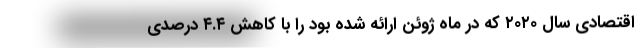
اقتصادی سال ۲۰۲۰ که در ماه ژوئن ارائه شده بود را با کاهش ۴.۴ درصدی